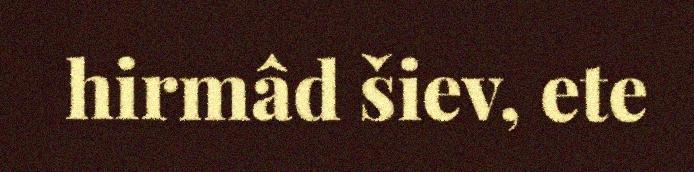
hirmâd šiev, ete